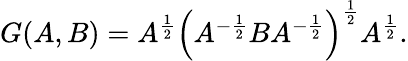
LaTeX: \begin{array}{r}{G(A,B)=A^{\frac{1}{2}}\left(A^{-\frac{1}{2}}BA^{-\frac{1}{2}}\right)^{\frac{1}{2}}A^{\frac{1}{2}}.}\end{array}